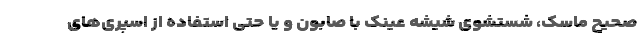
صحیح ماسک، شستشوی شیشه عینک با صابون و یا حتی استفاده از اسپری‌های